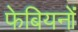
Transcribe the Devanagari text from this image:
फेबियनों